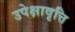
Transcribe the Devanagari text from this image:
उपेक्षावृत्ति